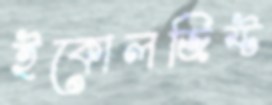
ইকোলজিস্ট